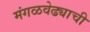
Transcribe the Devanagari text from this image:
मंगळवेढ्याची